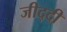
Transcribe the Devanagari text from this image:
जीद्दी